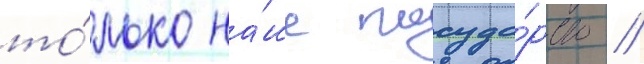
то́лько на́ше госуда́рство /